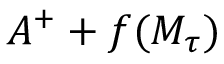
A ^ { + } + f ( M _ { \tau } )